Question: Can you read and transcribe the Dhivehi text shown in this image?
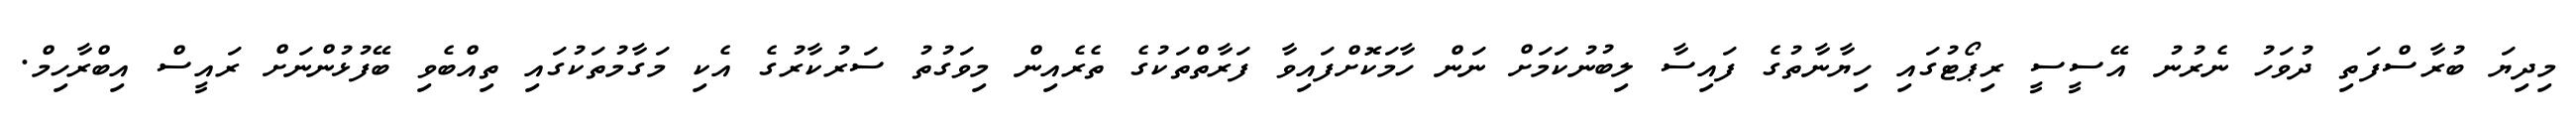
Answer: މިދިޔަ ބުރާސްފަތި ދުވަހު ނެރުނު އޭސީސީ ރިޕޯޓުގައި ހިޔާނާތުގެ ފައިސާ ލިބުނުކަމަށް ނަން ހާމަކޮށްފައިވާ ފަރާތްތަކުގެ ތެރެއިން މިވަގުތު ސަރުކާރުގެ އެކި މަގާމުތަކުގައި ތިއްބެވި ބޭފުޅުންނަށް ރައީސް އިބްރާހިމް.